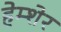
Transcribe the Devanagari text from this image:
हेम्शेर